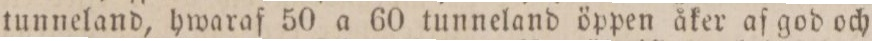
tunneland, hwaraf 50 a 60 tunneland öppen åker af god och